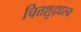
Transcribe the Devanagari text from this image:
चित्तशुद्धस्य